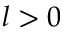
l > 0